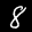
Label: 8